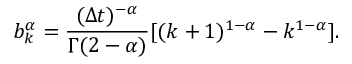
b _ { k } ^ { \alpha } = \frac { ( \Delta t ) ^ { - \alpha } } { \Gamma ( 2 - \alpha ) } [ ( k + 1 ) ^ { 1 - \alpha } - k ^ { 1 - \alpha } ] .